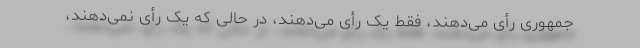
جمهوری رأی می‌دهند، فقط یک رأی می‌دهند، در حالی که یک رأی نمی‌دهند،